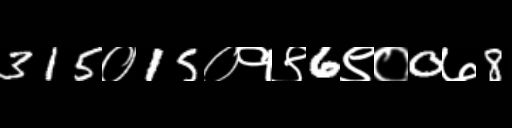
Text: 315०15०१९6९०0७8